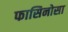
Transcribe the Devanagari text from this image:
फासिनोसा